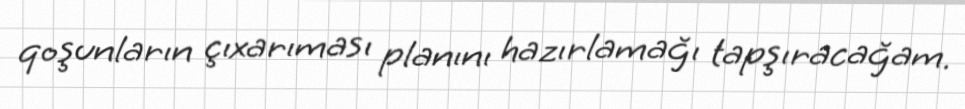
qoşunların çıxarıması planını hazırlamağı tapşıracağam.